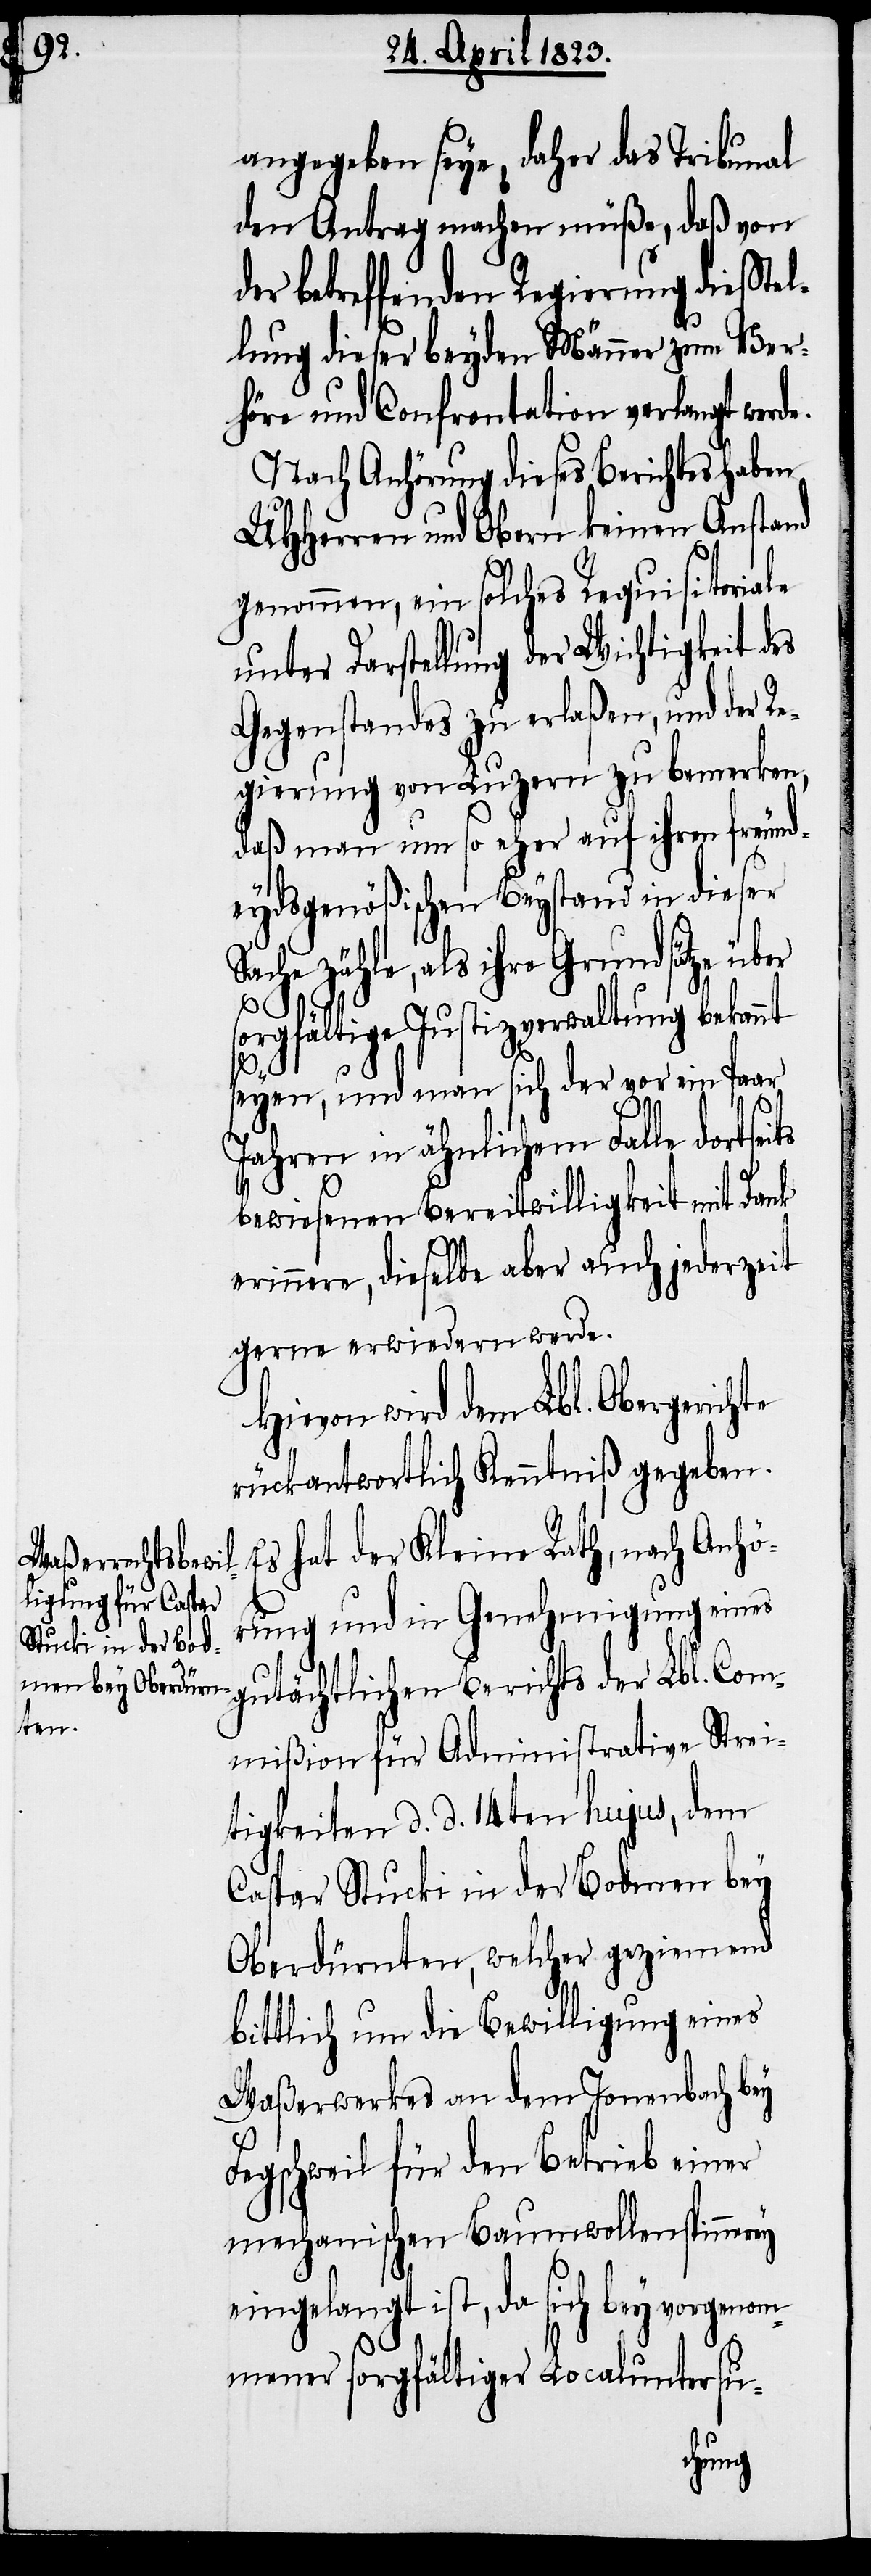
angegeben seye, daher das Tribunal
den Antrag machen müße, daß von
der betreffenden Regierung die Stel¬
lung dieser beyden Männer zum Ver¬
höre und Confrontation verlangt werd¬
Nach Anhörung dieses Berichtes haben
UHHerren und Obern keinen Anstand
genommen, ein solches Requisitoriale
unter Darstellung der Wichtigkeit des
Gegenstandes zu erlaßen, und der Re¬
gierung von Luzern zu bemerken,
daß man um so eher auf ihren freund¬
eydsgenößischen Beystand in dieser
Sache zähle, als ihre Grundsätze über
its
sorgfältige Justizverwaltung bekannt
seyen, und man sich der vor ein Paar
Jahren in ähnlichem Falle dortse¬
bewiesenen Bereitwilligkeit mit Dank
erinnere, dieselbe aber auch jederzeit
gerne erwiedern werde.
Hievon wird dem Lbl. Obergerichte
rückantwortlich Kenntniß gegeben.
Es hat der Kleine Rath, nach Anhö¬
rung und in Genehmigung eines
gutächtlichen Berichts der Lbl. Com¬
mißion für Administrative Strei¬
tigkeiten d. d. 14ten hujus, dem
Caspar Stucki in der Bodmen bey
Oberdürnten, welcher geziemend
bittlich um die Bewilligung eines
Waßerwerkes an dem Jonenbach bey
Fegschweil für den Betrieb einer
mechanischen Baumwollenspinnerey
eingelangt ist, da sich bey vorgenom¬
mener sorgfältiger Localuntersu-